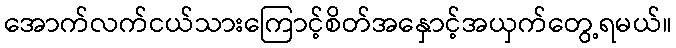
အောက်လက်ငယ်သားကြောင့်စိတ်အနှောင့်အယှက်တွေ့ရမယ်။